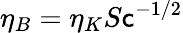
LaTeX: \eta_{B}=\eta_{K}S\mathsf{c}^{-1/2}